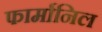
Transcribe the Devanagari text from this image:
फार्मानिल